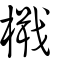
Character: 檝